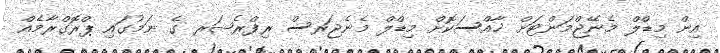
އިން މިޑްލް މެނޭޖްމަންޓަށް ޚާއްސަކޮށް މިޑްލް މެނެޖަރސް ރިފްރެޝަރ ގެ ނަމުގައި ޕްރޮގްރާމެއް